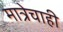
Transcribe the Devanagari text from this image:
मात्रेचाही